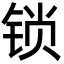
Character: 锁